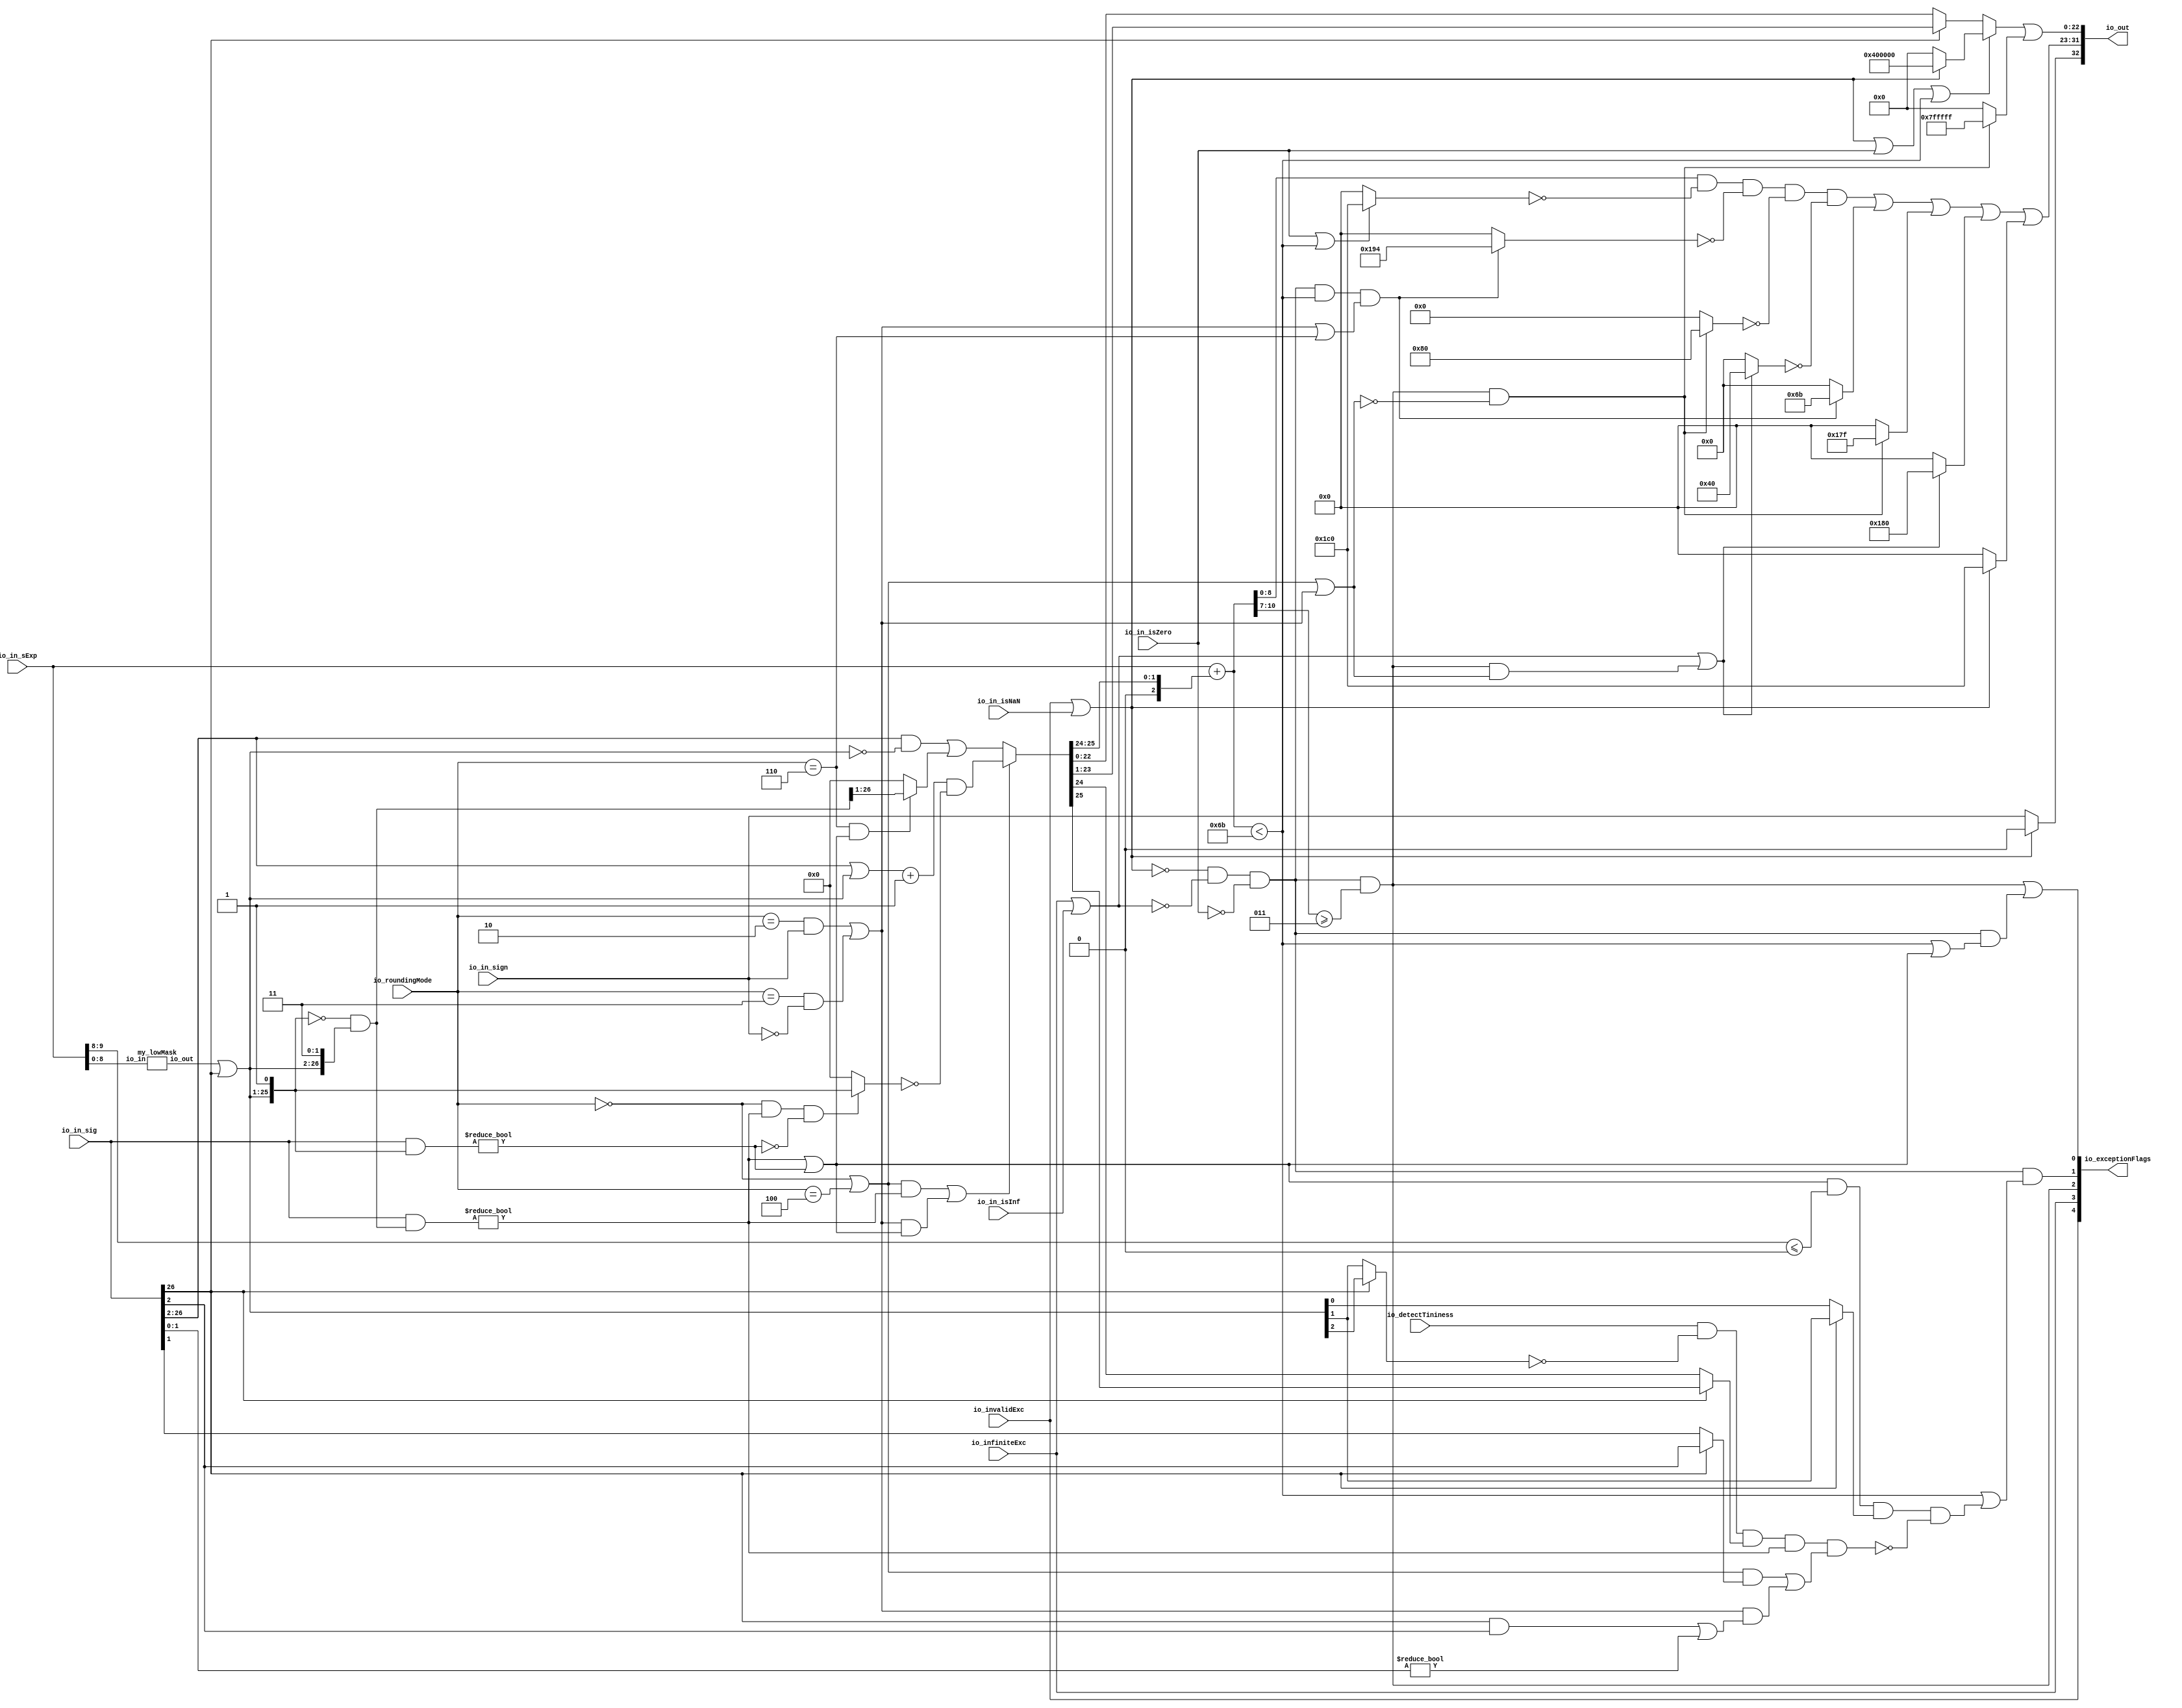
module RoundAnyRawFNToRecFN(
  input         io_invalidExc,
  input         io_infiniteExc,
  input         io_in_isNaN,
  input         io_in_isInf,
  input         io_in_isZero,
  input         io_in_sign,
  input  [9:0]  io_in_sExp,
  input  [26:0] io_in_sig,
  input  [2:0]  io_roundingMode,
  input         io_detectTininess,
  output [32:0] io_out,
  output [4:0]  io_exceptionFlags
);
  wire [8:0] my_lowMask_io_in;
  wire [24:0] my_lowMask_io_out;
  wire  roundingMode_near_even;
  wire  roundingMode_min;
  wire  roundingMode_max;
  wire  roundingMode_near_maxMag;
  wire  roundingMode_odd; 
  wire  roundMagUp;
  wire  doShiftSigDown1;
  wire [26:0] roundMask;
  wire [26:0] shiftedRoundMask;
  wire [26:0] roundPosMask;
  wire  roundPosBit;
  wire  anyRoundExtra; 
  wire  anyRound; 
  wire  roundIncr; 
  wire [25:0] roundedSig;
  wire [2:0] _T_30;
  wire [10:0] sRoundedExp;
  wire [8:0] common_expOut;
  wire [22:0] common_fractOut;
  wire  common_overflow;
  wire  common_totalUnderflow;
  wire  unboundedRange_roundPosBit;
  wire  unboundedRange_anyRound; 
  wire  unboundedRange_roundIncr;
  wire  roundCarry;
  wire  common_underflow;
  wire  common_inexact;
  wire  isNaNOut;
  wire  notNaN_isSpecialInfOut;
  wire  commonCase;
  wire  overflow;
  wire  underflow;
  wire  inexact;
  wire  overflow_roundMagUp;
  wire  pegMinNonzeroMagOut;
  wire  pegMaxFiniteMagOut;
  wire  notNaN_isInfOut;
  wire  signOut;
  wire [8:0] expOut;
  wire [22:0] fractOut;

  my_lowMask my_lowMask ( 
    .io_in(my_lowMask_io_in),
    .io_out(my_lowMask_io_out)
  );

parameter round_near_even   = 3'b000;
parameter round_minMag      = 3'b001;
parameter round_min         = 3'b010;
parameter round_max         = 3'b011;
parameter round_near_maxMag = 3'b100;
parameter round_odd         = 3'b110;

  assign roundingMode_near_even = io_roundingMode == round_near_even;
  assign roundingMode_min = io_roundingMode == round_min;
  assign roundingMode_max = io_roundingMode == round_max;
  assign roundingMode_near_maxMag = io_roundingMode == round_near_maxMag;
  assign roundingMode_odd = io_roundingMode == round_odd; 

  assign roundMagUp = (roundingMode_min & io_in_sign) 
			| (roundingMode_max & (~io_in_sign));

  assign doShiftSigDown1 = io_in_sig[26];

  assign roundMask = {(my_lowMask_io_out | {{24'd0}, doShiftSigDown1}),2'h3};

  assign shiftedRoundMask = {1'h0,roundMask[26:1]}; 

  assign roundPosMask = (~shiftedRoundMask) & roundMask;

  assign roundPosBit = (io_in_sig & roundPosMask) != 27'h0;

  assign anyRoundExtra = (io_in_sig & shiftedRoundMask) != 27'h0; 

  assign anyRound = roundPosBit | anyRoundExtra;

  assign roundIncr = ((roundingMode_near_even | roundingMode_near_maxMag) & roundPosBit) 
			| (roundMagUp & anyRound);

  assign roundedSig = roundIncr ? (((io_in_sig[26:2] | roundMask[26:2]) + 25'h1) 
					& (~((roundingMode_near_even & roundPosBit & (~anyRoundExtra)) ? roundMask[26:1] : 26'h0))) 
			: ({{1'd0}, (io_in_sig[26:2] & (~roundMask[26:2]))} | ((roundingMode_odd & anyRound) ? roundPosMask[26:1] : 26'h0));

  assign _T_30 = {1'b0,$signed(roundedSig[25:24])};
  assign sRoundedExp = $signed(io_in_sExp) + $signed({{7{_T_30[2]}},_T_30});

  assign common_expOut = sRoundedExp[8:0];

  assign common_fractOut = doShiftSigDown1 ? roundedSig[23:1] : roundedSig[22:0];

  assign common_overflow = $signed(sRoundedExp[10:7]) >= 4'sh3;

  assign common_totalUnderflow = $signed(sRoundedExp) < 11'sh6b;

  assign unboundedRange_roundPosBit = doShiftSigDown1 ? io_in_sig[2] : io_in_sig[1];

  assign unboundedRange_anyRound = (doShiftSigDown1 & io_in_sig[2]) | (io_in_sig[1:0] != 2'h0);

  assign unboundedRange_roundIncr = ((roundingMode_near_even | roundingMode_near_maxMag) & unboundedRange_roundPosBit) | (roundMagUp & unboundedRange_anyRound);

  assign roundCarry = doShiftSigDown1 ? roundedSig[25] : roundedSig[24];

  assign common_underflow = common_totalUnderflow 
			| ((anyRound & ($signed(io_in_sExp[9:8]) <= 2'sh0) 
			  & (doShiftSigDown1 ? roundMask[3] : roundMask[2])) 
			 & (~(io_detectTininess
			  & (~(doShiftSigDown1 ? roundMask[4] : roundMask[3])) 
			  & roundCarry & roundPosBit 
			  & unboundedRange_roundIncr))); 

  assign common_inexact = common_totalUnderflow | anyRound;

  assign isNaNOut = io_invalidExc | io_in_isNaN;

  assign notNaN_isSpecialInfOut = io_infiniteExc | io_in_isInf; 

  assign commonCase = (~isNaNOut) & (~notNaN_isSpecialInfOut) & (~io_in_isZero);

  assign overflow = commonCase & common_overflow;

  assign underflow = commonCase & common_underflow;

  assign inexact = overflow | (commonCase & common_inexact);

  assign overflow_roundMagUp = roundingMode_near_even | roundingMode_near_maxMag | roundMagUp;

  assign pegMinNonzeroMagOut = (commonCase & common_totalUnderflow) & (roundMagUp | roundingMode_odd); 

  assign pegMaxFiniteMagOut = overflow & (~overflow_roundMagUp);

  assign notNaN_isInfOut = notNaN_isSpecialInfOut | (overflow & overflow_roundMagUp); 

  assign signOut = isNaNOut ? 1'h0 : io_in_sign;

  assign expOut = (common_expOut 
			& (~((io_in_isZero | common_totalUnderflow) ? 9'h1c0 : 9'h0)) 
			& (~(pegMinNonzeroMagOut ? 9'h194 : 9'h0)) 
			& (~(pegMaxFiniteMagOut ? 9'h80 : 9'h0)) 
			& (~(notNaN_isInfOut ? 9'h40 : 9'h0))) 
		| (pegMinNonzeroMagOut ? 9'h6b : 9'h0) 
		| (pegMaxFiniteMagOut ? 9'h17f : 9'h0) 
		| (notNaN_isInfOut ? 9'h180 : 9'h0) 
		| (isNaNOut ? 9'h1c0 : 9'h0);

  assign fractOut = (!(isNaNOut | io_in_isZero | common_totalUnderflow) ? common_fractOut 
			: isNaNOut ? 23'h400000 
			: 23'h0) 
		| (pegMaxFiniteMagOut ? 23'h7fffff : 23'h0); 

  assign io_out = {signOut,expOut,fractOut};

  assign io_exceptionFlags = {io_invalidExc,io_infiniteExc,overflow,underflow,inexact};

  assign my_lowMask_io_in = io_in_sExp[8:0];

endmodule

module my_lowMask(	// @[primitives.scala
  input  [8:0]  io_in,
  output [24:0] io_out
);
  wire [8:0] in_inv; 
  wire  msb;
  wire [7:0] lsbs;
  wire  msb_1;
  wire [6:0] lsbs_1;
  wire  msb_2;
  wire [5:0] lsbs_2;
  wire [64:0] shift;
  wire [15:0] res;
  wire [15:0] res_1;
  wire [15:0] res_2;
  wire [15:0] res_3;
  wire [15:0] res_4;
  wire [21:0] my_lowMask_1;
  wire [21:0] my_lowMask_3;
  wire [2:0] my_lowMask_2;
  wire [2:0] my_lowMask_4;
  wire [24:0] my_lowMask_2_1;

  assign in_inv = ~io_in; // @[primitives.scala
  assign msb = in_inv[8];
  assign lsbs = in_inv[7:0];
  assign msb_1 = lsbs[7];
  assign lsbs_1 = lsbs[6:0];
  assign msb_2 = lsbs_1[6];
  assign lsbs_2 = lsbs_1[5:0];
  assign shift = -65'sh10000000000000000 >>> lsbs_2;

  assign res = shift[57:42]; // @[Bitwise.scala
  assign res_1 = {{8'd0}, res[15:8]} | ({res[7:0], 8'h0} & 16'hff00);
  assign res_2 = ({{4'd0}, res_1[15:4]} & 16'hf0f) | ({res_1[11:0], 4'h0} & 16'hf0f0);
  assign res_3 = ({{2'd0}, res_2[15:2]} & 16'h3333) | ({res_2[13:0], 2'h0} & 16'hcccc); 
  assign res_4 = ({{1'd0}, res_3[15:1]} & 16'h5555) | ({res_3[14:0], 1'h0} & 16'haaaa);

  assign my_lowMask_1 = {res_4,shift[58],shift[59],shift[60],shift[61],shift[62],shift[63]}; // @[Cat.scala

  assign my_lowMask_3 = ~(msb_2 ? 22'h0 : (~my_lowMask_1)); // @[primitives.scala
  assign my_lowMask_2 = {shift[0],shift[1],shift[2]};
  assign my_lowMask_4 = msb_2 ? my_lowMask_2 : 3'h0;
  assign my_lowMask_2_1 = msb_1 ? {my_lowMask_3,3'h7} : {{22'd0}, my_lowMask_4}; // @[primitives.scala 

  assign io_out = msb ? my_lowMask_2_1 : 25'h0; 

endmodule